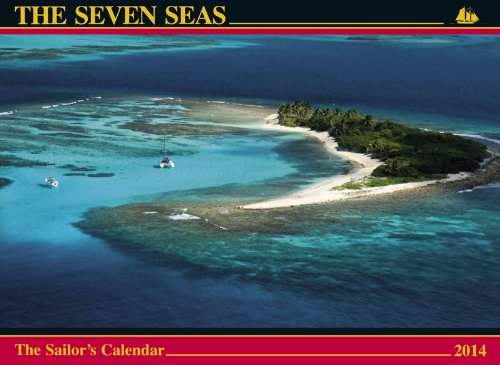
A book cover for The Seven Seas Calendar 2014: The Sailor's Calendar; Ferenc MÃ¡tÃ©; Calendars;